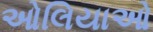
ઓલિયાઓ